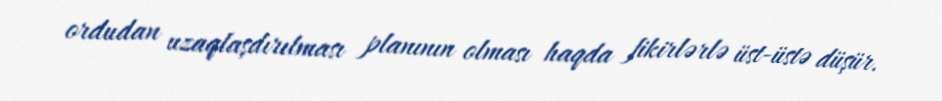
ordudan uzaqlaşdırılması planının olması haqda fikirlərlə üst-üstə düşür.